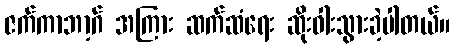
ဇက်ကာဘာ့ဂ် အကြား ဆက်ဆံရေး ဆိုးဝါးသွားခဲ့ပါတယ်။